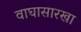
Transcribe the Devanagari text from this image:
वाघासारखा